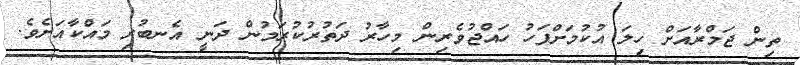
ތިން ޖަމްރާއަށް ހިލަ އުކުމަށްފަހު ހައްޖުވެރިން މިހާރު ދަތުރުކުރަމުން ދަނީ އެނބުރި މައްކާއަށެވެ.